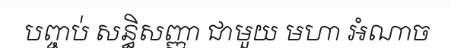
បញ្ចប់ សន្ធិសញ្ញា ជាមួយ មហា អំណាច